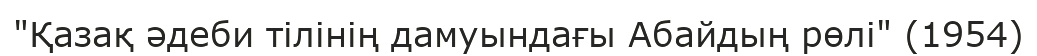
"Қазақ әдеби тілінің дамуындағы Абайдың рөлі" (1954)